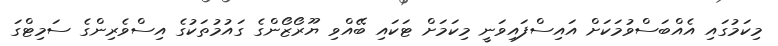
މިކަމުގައި އެއްބަސްވުމަކަށް އައިސްފައިވަނީ މިކަމަށް ޓަކައި ބޭއްވި ޔޫރޯޒޯންގެ ގައުމުތަކުގެ އިސްވެރިންގެ ސަމިޓްގަ